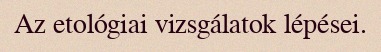
Az etológiai vizsgálatok lépései.